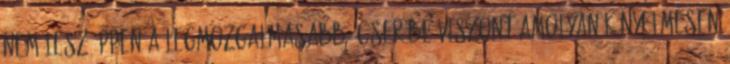
nem lesz éppen a legmozgalmasabb, cserébe viszont amolyan kényelmesen